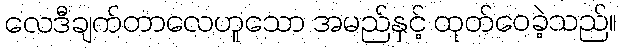
လေဒီချက်တာလေဟူသော အမည်နှင့် ထုတ်ဝေခဲ့သည်။